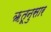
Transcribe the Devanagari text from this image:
ॠतूनुसार